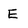
Character: E